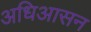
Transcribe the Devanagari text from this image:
अधिआसन